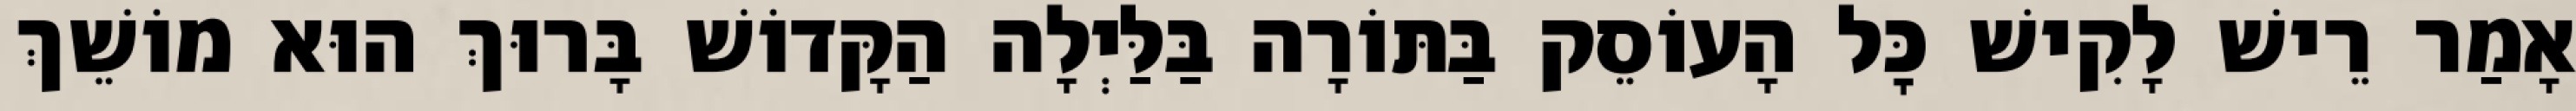
אָמַר רֵישׁ לָקִישׁ כׇּל הָעוֹסֵק בַּתּוֹרָה בַּלַּיְלָה הַקָּדוֹשׁ בָּרוּךְ הוּא מוֹשֵׁךְ